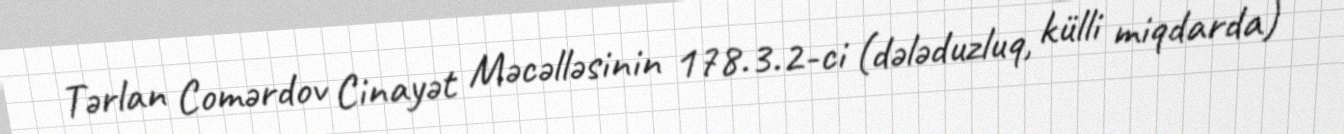
Tərlan Comərdov Cinayət Məcəlləsinin 178.3.2-ci (dələduzluq, külli miqdarda)